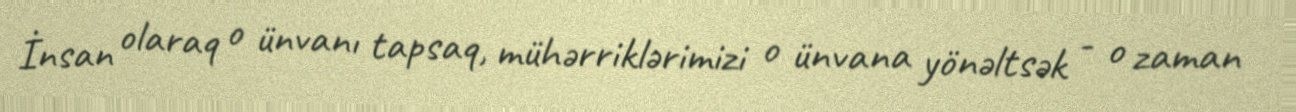
İnsan olaraq o ünvanı tapsaq, mühərriklərimizi o ünvana yönəltsək - o zaman